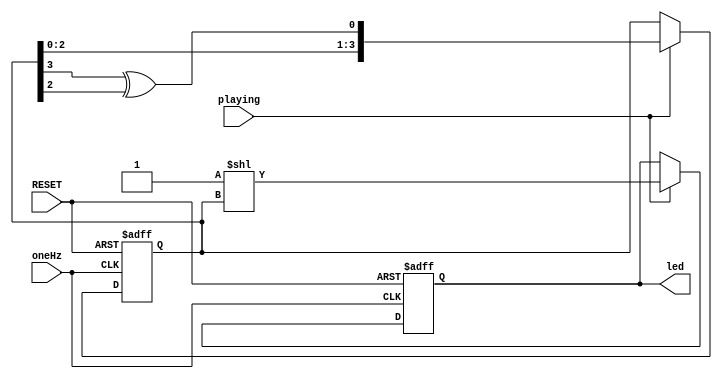
`timescale 1ns / 1ps
//////////////////////////////////////////////////////////////////////////////////
// Company: 
// Engineer: 
// 
// Design Name: 
// Module Name: led
// Project Name: 
// Target Devices: 
// Tool Versions: 
// Description: 
// 
// Dependencies: 
// 
// Revision:
// Revision 0.01 - File Created
// Additional Comments:
// 
//////////////////////////////////////////////////////////////////////////////////


module led(input oneHz,
           input RESET,
           input playing,
           output reg [15:0] led
);

reg [3:0] random;

always @(posedge oneHz or posedge RESET) begin
    if (RESET) begin
        random <= 4'd1;
        led <= 16'b0;
    end
    else if (playing) begin
        random <= {random[2:0], random[3] ^ random[2]};
        led <= 16'b1 << random;
    end
end

endmodule